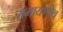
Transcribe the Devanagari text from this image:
रामायणीय